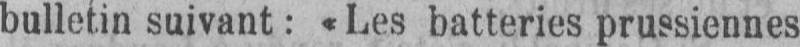
bulletin suivant: «Les batteries prussiennes